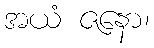
အယံ ဇနော၊